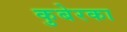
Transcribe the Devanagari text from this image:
कुबेरका